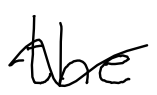
Text: the
Cross-out: mix
Writing tool: digital_black